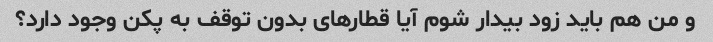
و من هم باید زود بیدار شوم آیا قطارهای بدون توقف به پکن وجود دارد؟